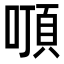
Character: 𠽒